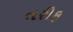
તરીફ